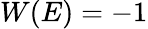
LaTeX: W(E)=-1